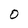
Character: 0